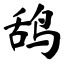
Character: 鸹